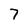
Character: 7